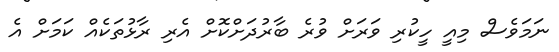
ނަމަވެސް މިއީ ހީކުރި ވަރަށް ވުރެ ބާރުދަށްކޮށް އެރި ރާޅުތަކެއް ކަމަށް އެ